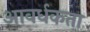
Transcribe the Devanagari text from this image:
आवर्धकता